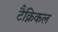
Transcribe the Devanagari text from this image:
टैक्निकल